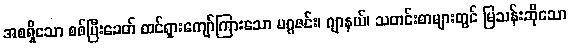
အစရှိသော စစ်ပြီးခေတ် ထင်ရှားကျော်ကြားသော မဂ္ဂဇင်း၊ ဂျာနယ်၊ သတင်းစာများတွင် မြသန်းဆိုသော